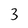
Character: 3